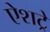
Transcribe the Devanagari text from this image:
ऐशट्रे